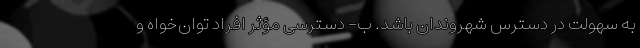
به سهولت در دسترس شهروندان باشد. ب- دسترسی مؤثر افراد توان‌خواه و